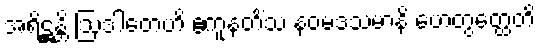
အရိဋ္ဌန္တိ ဩဒါတေဟိ ဧကူနတိံသ နဝမဒသမာနိ ဟေတွတ္ထေတိ